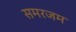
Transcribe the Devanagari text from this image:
समरजम